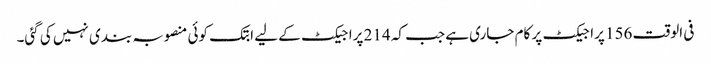
فی الوقت 156 پراجیکٹ پر کام جاری ہے جب کہ 214 پراجیکٹ کے لیے ابتک کوئی منصوبہ بندی نہیں کی گئی۔